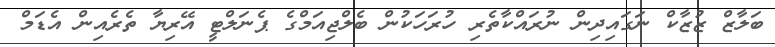
ބަލާޒް ޒުޒާކް ނަގައިދިން ނުރައްކާތެރި ހުރަހަކުން ބެލްޖިއަމްގެ ޕެނަލްޓީ އޭރިޔާ ތެރެއިން އެޑަމް